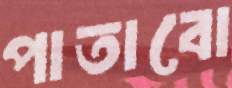
পাতাবো